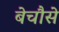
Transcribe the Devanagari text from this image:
बेचौसे